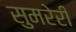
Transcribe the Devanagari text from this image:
सुमरेरी